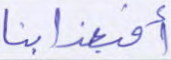
أفبعذابنا